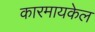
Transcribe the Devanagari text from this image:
कारमायकेल